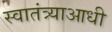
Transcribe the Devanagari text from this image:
स्वातंत्र्याआधी